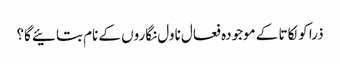
ذرا کولکاتا کے موجودہ فعال ناول نگاروں کے نام بتائیے گا؟